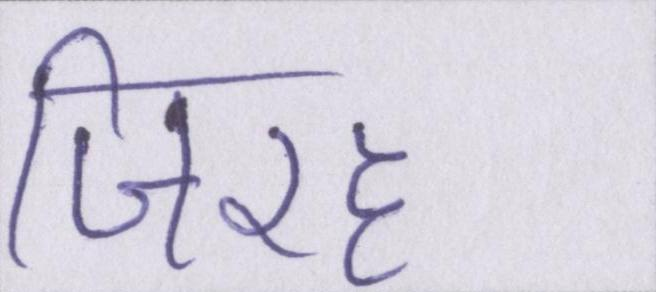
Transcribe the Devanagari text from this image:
जिरह